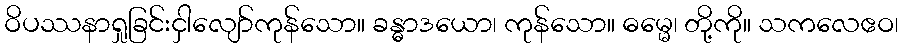
ဝိပဿနာရှုခြင်းငှါလျော်ကုန်သော။ ခန္ဓာဒယော၊ ကုန်သော။ ဓမ္မေ၊ တို့ကို။ သကလေဧဝ၊